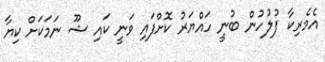
އެމެރިކާ ފުލުހުން ބުނީ ހައްޔަރު ކޮށްފައި ވަނީ ކައި ޝޫ ނަމަކަށް ކިޔާ